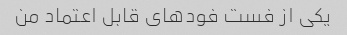
یکی از فست فودهای قابل اعتماد من